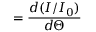
= \frac { d ( I / I _ { 0 } ) } { d \Theta }